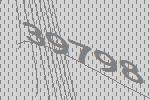
39798